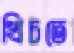
খিচতে